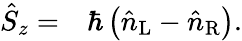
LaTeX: \begin{array}{rl}{\hat{S}_{z}=}&{{}\hbar\left(\hat{n}_{\mathrm{L}}-\hat{n}_{\mathrm{R}}\right).}\end{array}